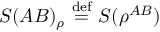
S ( A B ) _ { \rho } \ { \stackrel { \mathrm { d e f } } { = } } \ S ( \rho ^ { A B } )